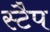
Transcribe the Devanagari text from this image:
स्टैप